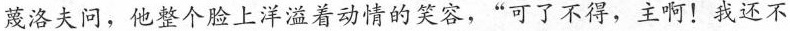
蔑洛夫问，他整个脸上洋溢着动情的笑容，“可了不得，主啊!我还不